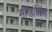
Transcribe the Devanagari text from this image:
मॉडलिंग